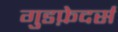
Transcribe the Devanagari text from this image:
गुडफ़ेदर्स